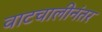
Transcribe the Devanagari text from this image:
वाटचालीनंतर